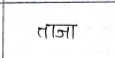
मजकूर: ताजा